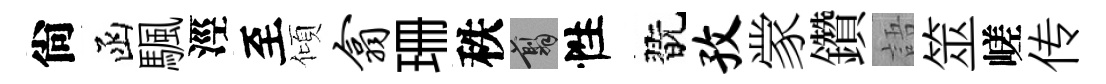
尙函颿涇至傾翕珊秩翦性翫孜䝉鑽語筮嵯传